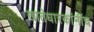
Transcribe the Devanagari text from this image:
खातेधारकांनींच